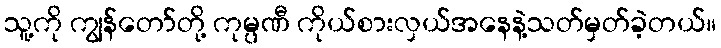
သူ့ကို ကျွန်တော်တို့ ကုမ္ပဏီ ကိုယ်စားလှယ်အနေနဲ့သတ်မှတ်ခဲ့တယ်။